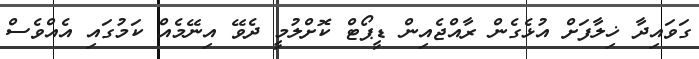
ގަވައިދާ ޚިލާފަށް އުޅެގެން ރާއްޖެއިން ޑީޕޯޓް ކޮށްލުމީ ދެވޭ އިނޭމެއް ކަމުގައި އެއްވެސް